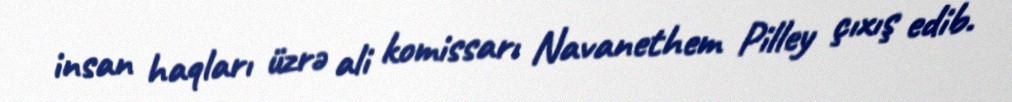
insan haqları üzrə ali komissarı Navanethem Pilley çıxış edib.